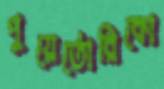
পুয়ের্তোরিকো